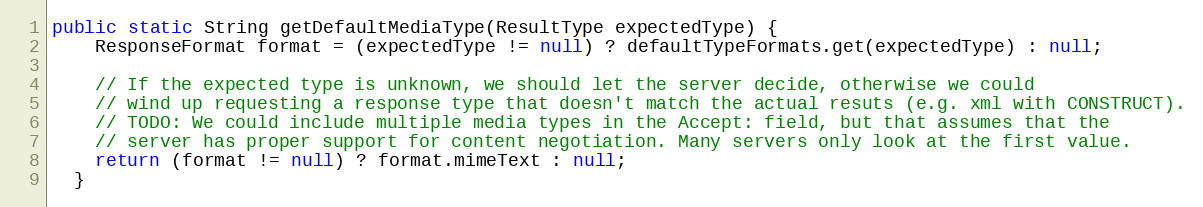
Language: Java
public static String getDefaultMediaType(ResultType expectedType) {
    ResponseFormat format = (expectedType != null) ? defaultTypeFormats.get(expectedType) : null;

    // If the expected type is unknown, we should let the server decide, otherwise we could
    // wind up requesting a response type that doesn't match the actual resuts (e.g. xml with CONSTRUCT).
    // TODO: We could include multiple media types in the Accept: field, but that assumes that the
    // server has proper support for content negotiation. Many servers only look at the first value.
    return (format != null) ? format.mimeText : null;
  }